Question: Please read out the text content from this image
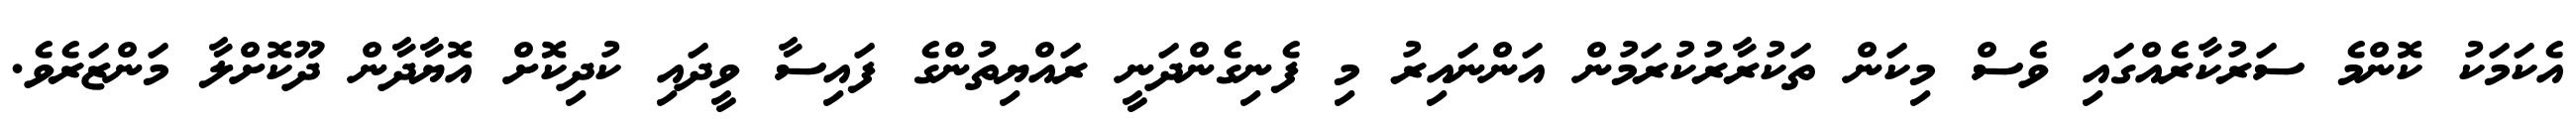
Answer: އެކަމަކު ކޮންމެ ސަރުކާރެއްގައި ވެސް މިކަން ތަކުރާރުކުރަމުން އަންނައިރު މި ފެނިގެންދަނީ ރައްޔިތުންގެ ފައިސާ ވީދައި ކުދިކޮށް އޮޔާދާން ދޫކޮށްލާ މަންޒަރެވެ.